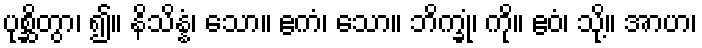
ပုစ္ဆိတွာ၊ ၍။ နိသိန္နံ၊ သော။ ဧကံ၊ သော။ ဘိက္ခုံ၊ ကို။ ဧဝံ၊ သို့။ အာဟ၊